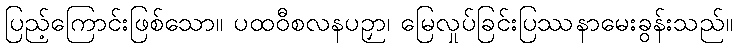
ပြည့်ကြောင်းဖြစ်သော။ ပထဝီစလနပဉှာ၊ မြေလှုပ်ခြင်းပြဿနာမေးခွန်းသည်။